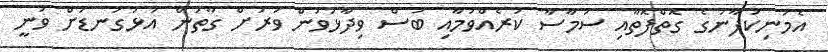
އެމަނިކުފާނުގެ ގޮތްފޮތާއި ސަމާސާ ކުރެއްވުމާއި ބަސް ވިދާޅުވުން ވަރަށް ގާތުން އަޅުގަނޑަށް ވަނީ